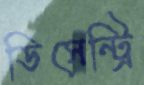
ডিসেন্ট্রি